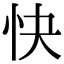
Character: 快